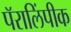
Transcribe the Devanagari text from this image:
पॅरालिंपीक